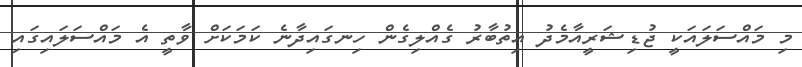
މި މައްސަލައަކީ ޖުޑިޝަރީއާމެދު އިތުބާރު ގެއްލިގެން ހިނގައިދާނެ ކަމަކަށް ވާތީ އެ މައްސަލައިގައި